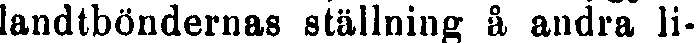
landtböndernas ställning å andra li-